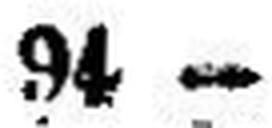
94 —